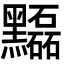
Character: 𪒽